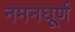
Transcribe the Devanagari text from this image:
नमनघूर्ण